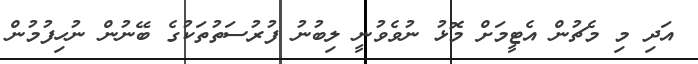
އަދި މި މެޗުން އެޓީމަށް މޮޅު ނުވެވުނީ ލިބުނު ފުރުސަތުތަކުގެ ބޭނުން ނުހިފުމުން